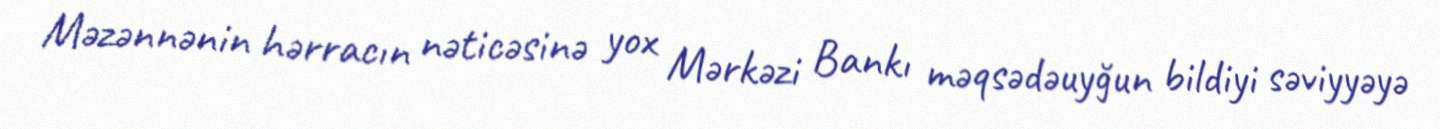
Məzənnənin hərracın nəticəsinə yox Mərkəzi Bankı məqsədəuyğun bildiyi səviyyəyə